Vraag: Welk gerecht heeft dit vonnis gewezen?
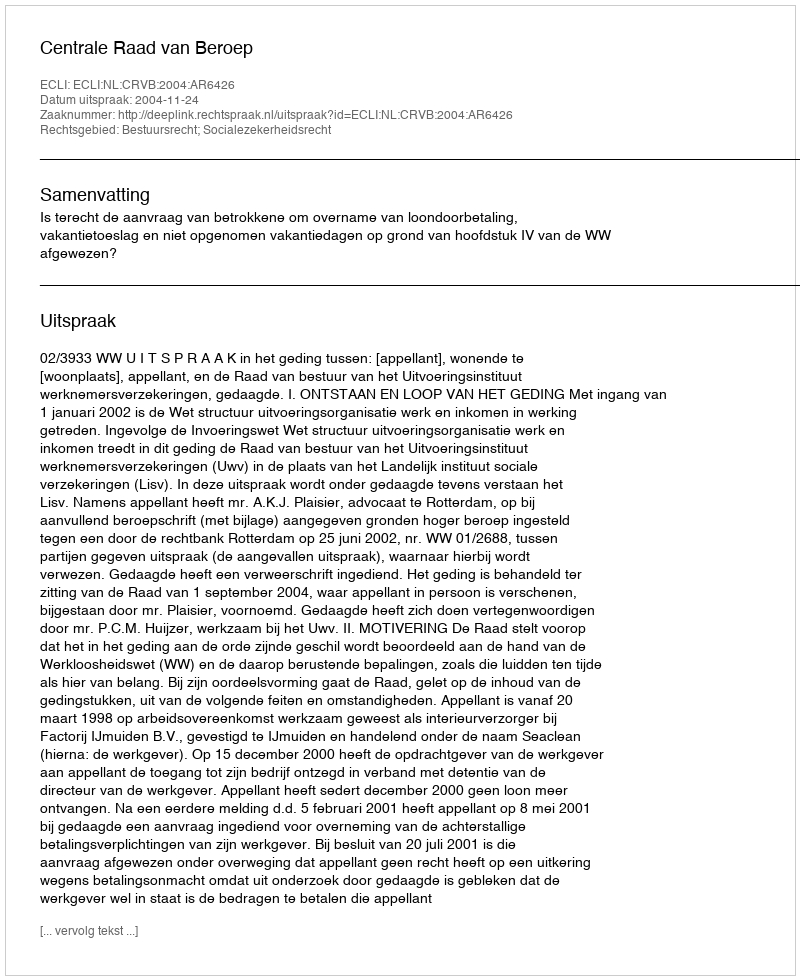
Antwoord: Centrale Raad van Beroep